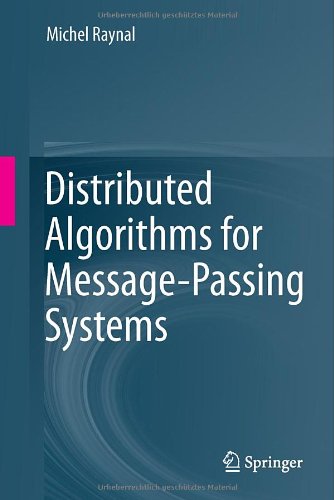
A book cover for Distributed Algorithms for Message-Passing Systems; Michel Raynal; Computers & Technology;